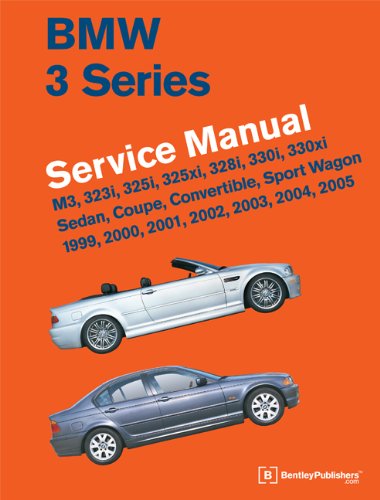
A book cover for BMW 3 Series (E46) Service Manual: 1999, 2000, 2001, 2002, 2003, 2004, 2005; Bentley Publishers; Engineering & Transportation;